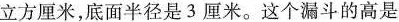
立方厘米，底面半径是3厘米。这个漏斗的高是